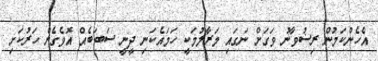
އެހެންކަމުން ރިޟުވާނު ވަގަށް ނަގައި މަރާލުމަކީ ހަމައެކަނި ދީނީ ސަބަބެއް އޮވެގެން ހަރުކަށި